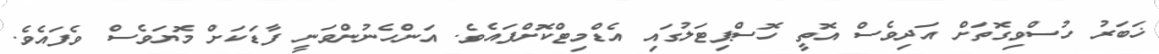
ޚަބަރު ހުސްވިގޮތަށް އަދިވެސް އޮތީ ހޮސްޕިޓަލުގައި އެޑްމިޓްކޮށްފައެވެ. އަންހެނުންވަނީ ފާޑަކަށް މޮޔަވެސް ވެފައެވެ.